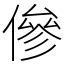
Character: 傪